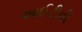
આઈટીવી